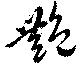
艶